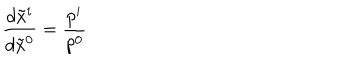
LaTeX: \frac { d \tilde { x } ^ { i } } { d \tilde { x } ^ { 0 } } = \frac { p ^ { i } } { p ^ { 0 } }